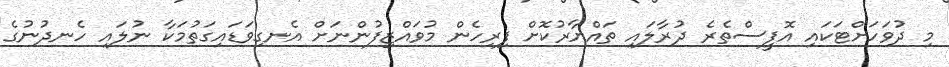
މި ދުވަހަށްޓަކައި އޮފީސްތެރެ ދުރާލައި ތައްޔާރުކޮށް ފިރިހެން މުވައްޒިފުންނަށް އެނގިވަޑައިގަތުމަކާ ނުލައި ހެނދުނުގެ